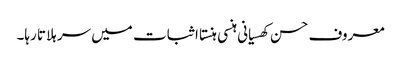
معروف حسن کھسیانی ہنسی ہنستا اثبات میں سر ہلاتا رہا۔